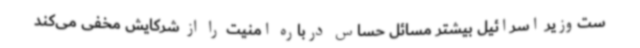
ست‌وزیر اسرائیل بیشتر مسائل حساس درباره امنیت را از شرکایش مخفی می‌کند